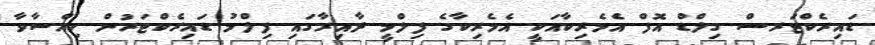
ޑައިރެކްޓަރސް ގިލްޑް އޮފް އެމެރިކާއަކީ އެމެރިކާގެ ފިލްމީ ދާއިރާގައި ފިލްމު ޑައިރެކްޓަރުން ހިއްސާވާ